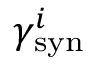
\gamma _ { \mathrm { s y n } } ^ { i }